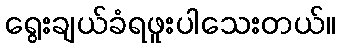
ရွေးချယ်ခံရဖူးပါသေးတယ်။